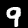
Label: 9